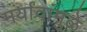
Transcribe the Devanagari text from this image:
मर्यांदांमुळे